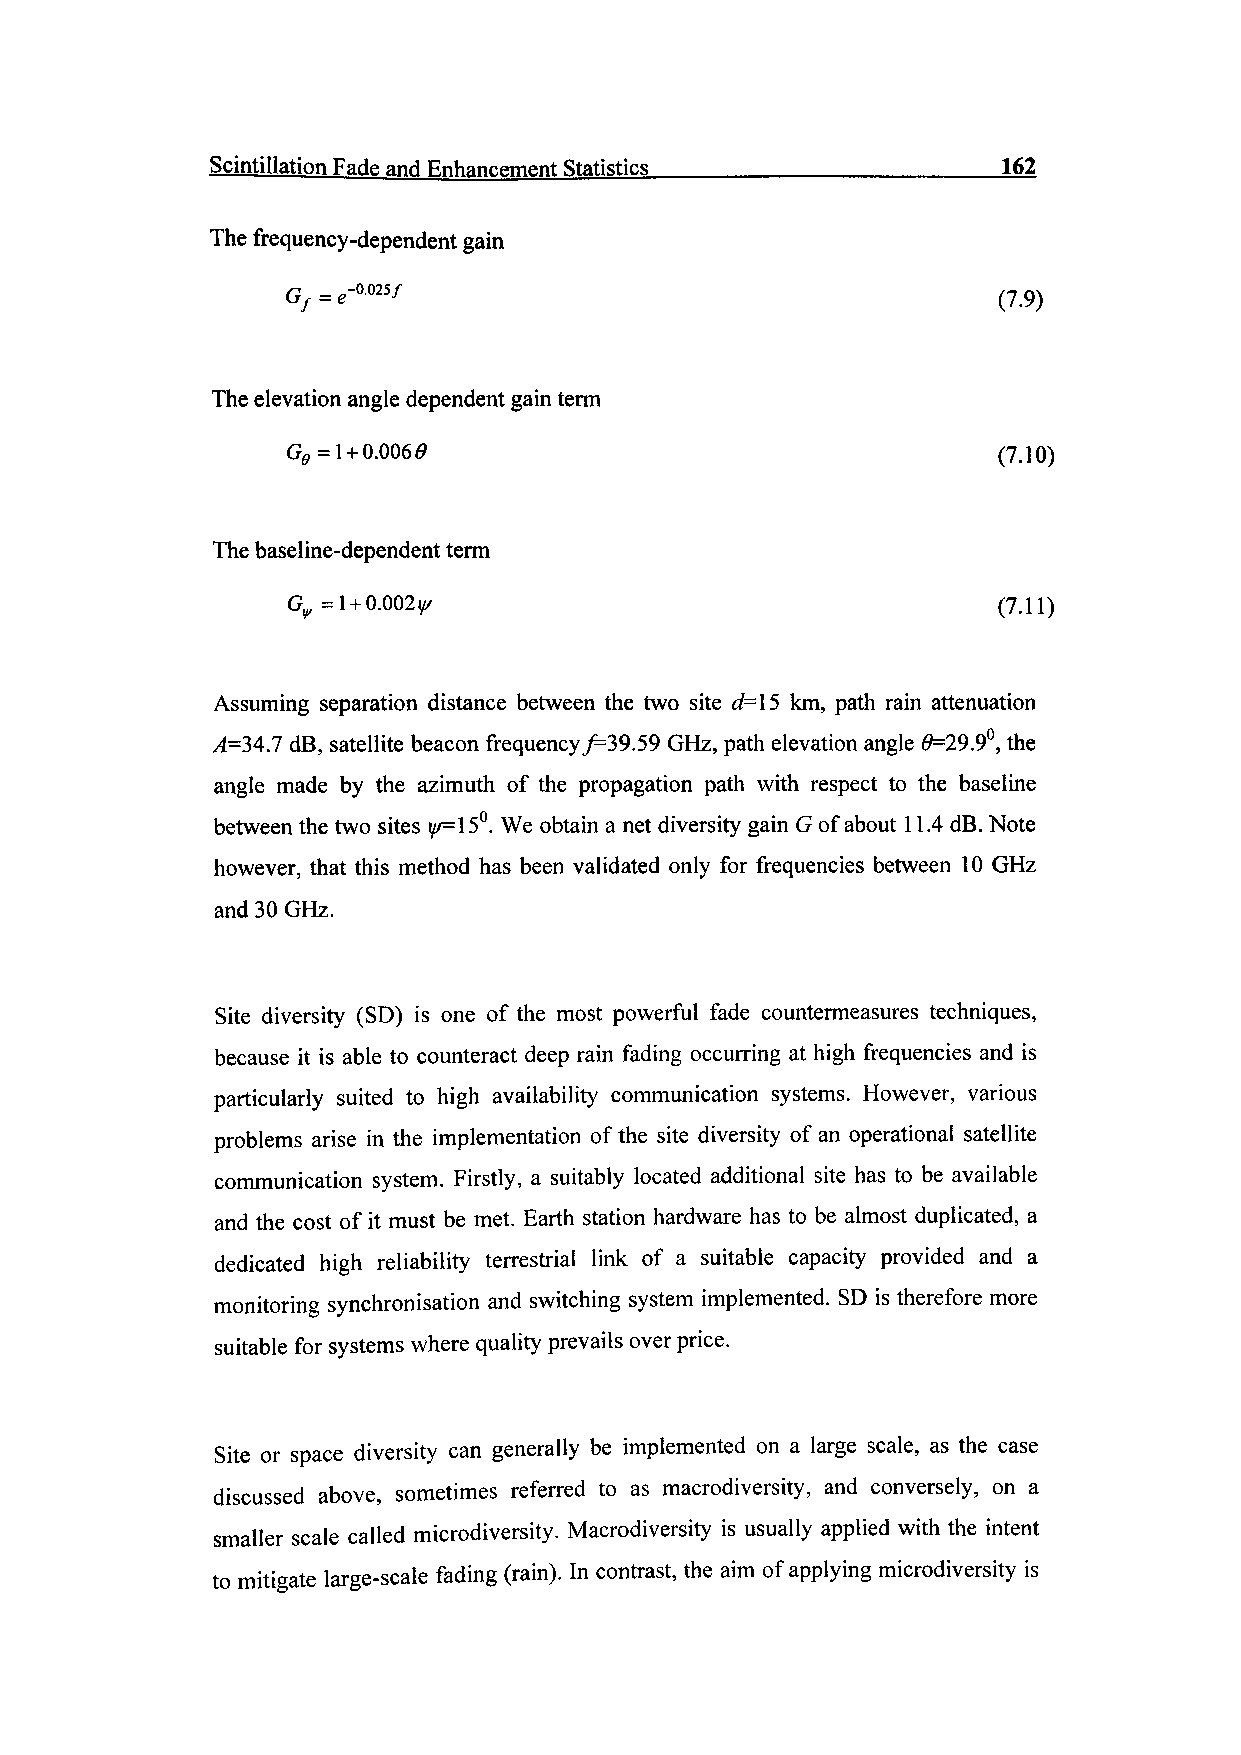
Scintillation Fade and Enhancement Statistics____________________162
 The frequency-dependent gain
 Gf =e-«™f                                      (7.9)
 The elevation angle dependent gain term
 G9 = 1 + 0.0060                                (7.10)
 The baseline-dependent term
 0^=1 + 0.002^                                  (7,1!)
 Assuming separation distance between the two site d=\5 km, path rain attenuation
 .4=34.7 dB, satellite beacon frequency7=39.59 GHz, path elevation angle 0=29.9°, the
 angle made by the azimuth of the propagation path with respect to the baseline
 between the two sites i//=150. We obtain a net diversity gain G of about 11.4 dB. Note
 however, that this method has been validated only for frequencies between 10 GHz
 and 30 GHz.
 Site diversity (SD) is one of the most powerful fade countermeasures techniques,
 because it is able to counteract deep rain fading occurring at high frequencies and is
 particularly suited to high availability communication systems. However, various
 problems arise in the implementation of the site diversity of an operational satellite
 communication system. Firstly, a suitably located additional site has to be available
 and the cost of it must be met. Earth station hardware has to be almost duplicated, a
 dedicated high reliability terrestrial link of a suitable capacity provided and a
 monitoring synchronisation and switching system implemented. SD is therefore more
 suitable for systems where quality prevails over price.
 Site or space diversity can generally be implemented on a large scale, as the case
 discussed above, sometimes referred to as macrodiversity, and conversely, on a
 smaller scale called microdiversity. Macrodiversity is usually applied with the intent
 to mitigate large-scale fading (rain). In contrast, the aim of applying microdiversity is